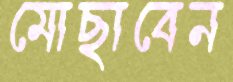
মোছাবেন